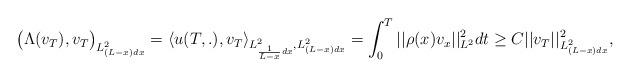
LaTeX: \begin{align*}\big( \Lambda (v_T), v_T\big)_{L^2_{ (L-x)dx }} = \langle u(T,.), v_T\rangle _{L^2_{ \frac{1}{L-x} dx }, L^2_{(L-x)dx}} =\int_0^T ||\rho (x)v_x||^2_{L^2} dt \ge C ||v_T||^2_{L^2_{(L-x) dx}} ,\end{align*}